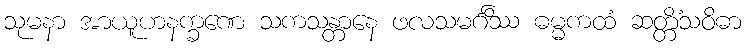
သုမနာ အာယူဟနက္ခဏေ သကသန္တာနေ ဖလသမင်္ဂိဿ ဓမ္မကထံ ဆတ္တိံသဝိဓာ